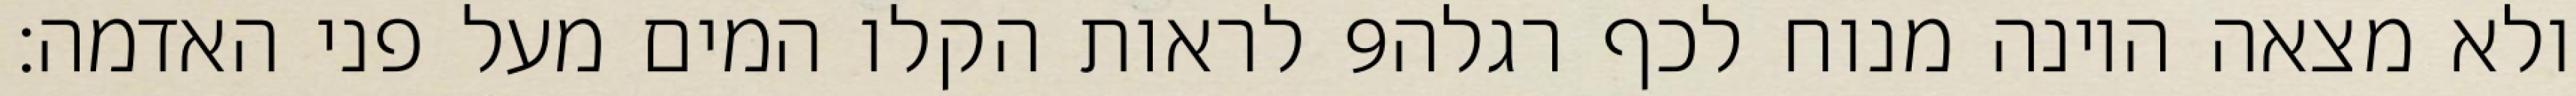
לראות הקלו המים מעל פני האדמה׃ ‎9‏ ולא מצאה היונה מנוח לכף רגלה